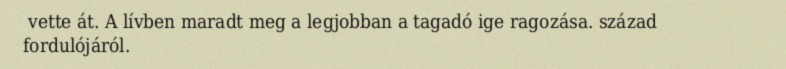
vette át. A lívben maradt meg a legjobban a tagadó ige ragozása. század fordulójáról.